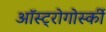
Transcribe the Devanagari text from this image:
ऑस्ट्रोगोर्स्की